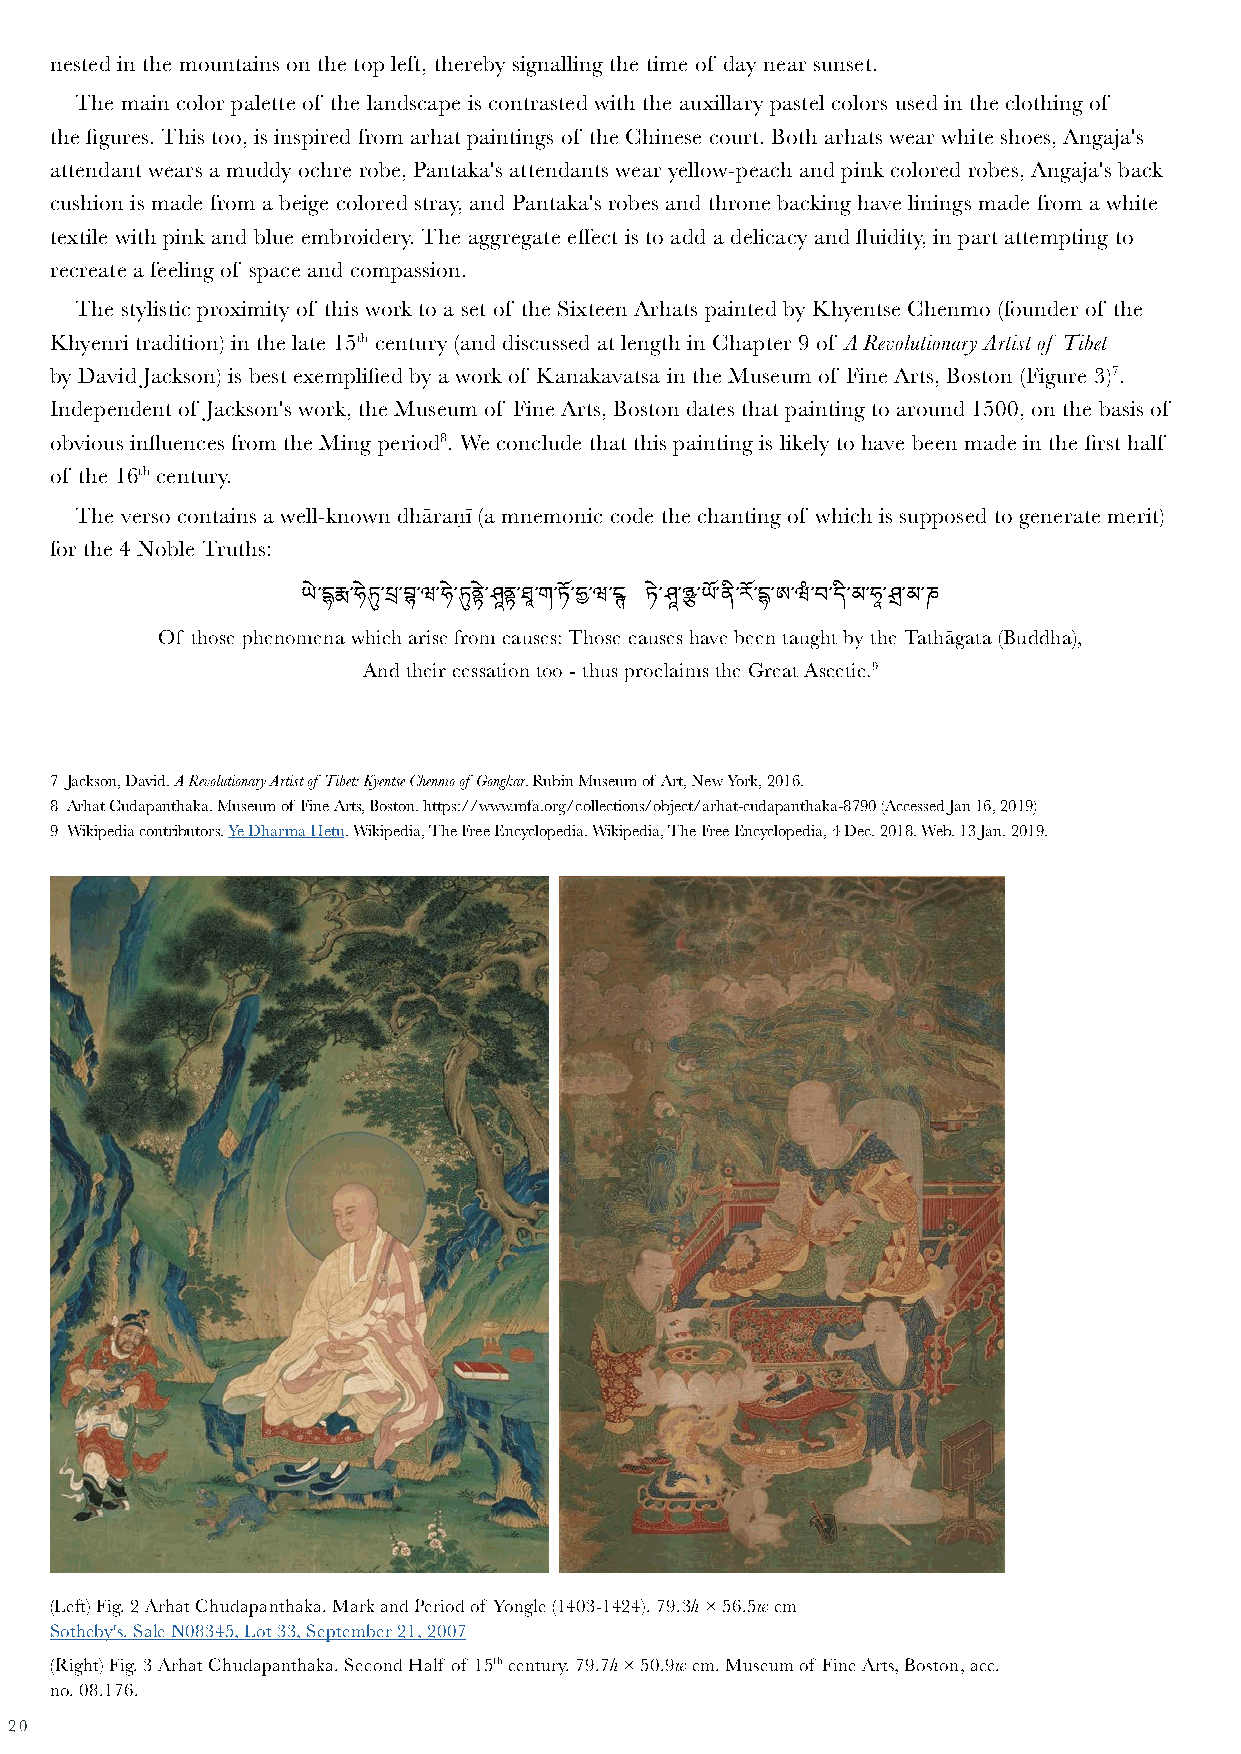
nested in the mountains on the top left, thereby signalling the time of day near sunset.
 The main color palette of the landscape is contrasted with the auxillary pastel colors used in the clothing of
 the figures. This too, is inspired from arhat paintings of the Chinese court. Both arhats wear white shoes, Angaja's
 attendant wears a muddy ochre robe, Pantaka's attendants wear yellow-peach and pink colored robes, Angaja's back
 cushion is made from a beige colored stray, and Pantaka's robes and throne backing have linings made from a white
 textile with pink and blue embroidery. The aggregate effect is to add a delicacy and fluidity, in part attempting to
 recreate a feeling of space and compassion.
 The stylistic proximity of this work to a set of the Sixteen Arhats painted by Khyentse Chenmo (founder of the
 Khyenri tradition) in the late 15th century (and discussed at length in Chapter 9 of A Revolutionary Artist of Tibet
 by David Jackson) is best exemplified by a work of Kanakavatsa in the Museum of Fine Arts, Boston (Figure 3)7.
 Independent of Jackson's work, the Museum of Fine Arts, Boston dates that painting to around 1500, on the basis of
 obvious influences from the Ming period8. We conclude that this painting is likely to have been made in the first half
 of the 16th century.
 The verso contains a well-known dhāraṇī (a mnemonic code the chanting of which is supposed to generate merit)
 for the 4 Noble Truths:
 Of those phenomཡeྱེ་དྷnརྨa ་wཧhྱེཏུi་cཔྲh་ བྷa་rཝis་eཧ ྱེ་fཏུroནmྱེ་ཤཱ cནa་ཐཱus་གes་:ཏ Tོ་ཧྱh་ཝos་དe ྚc a ཏuྱེ་sཤཱes་ཉྩ h་aཡvོ་eན ིb་རeོ་eདྷn་ཨ ta་ཝuཾg་བh་tད bི་མy ་ཧཱth་ཤྲe ་Tམa་ཎthāgata (Buddha),
 And their cessation too - thus proclaims the Great Ascetic.9
 7 Jackson, David. A Revolutionary Artist of Tibet: Kyentse Chenmo of Gongkar. Rubin Museum of Art, New York, 2016.
 8 Arhat Cudapanthaka. Museum of Fine Arts, Boston. https://www.mfa.org/collections/object/arhat-cudapanthaka-8790 (Accessed Jan 16, 2019)
 9 Wikipedia contributors. Ye Dharma Hetu. Wikipedia, The Free Encyclopedia. Wikipedia, The Free Encyclopedia, 4 Dec. 2018. Web. 13 Jan. 2019.
 (Left) Fig. 2 Arhat Chudapanthaka. Mark and Period of Yongle (1403-1424). 79.3h × 56.5w cm
 Sotheby's. Sale N08345, Lot 33, September 21, 2007
 (Right) Fig. 3 Arhat Chudapanthaka. Second Half of 15th century. 79.7h × 50.9w cm. Museum of Fine Arts, Boston, acc.
 no. 08.176.
 20